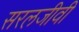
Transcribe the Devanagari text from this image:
सरलजीवी